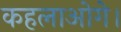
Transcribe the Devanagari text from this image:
कहलाओगे।